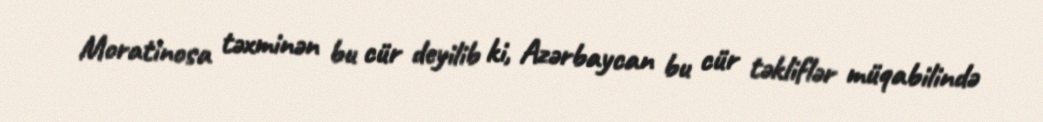
Moratinosa təxminən bu cür deyilib ki, Azərbaycan bu cür təkliflər müqabilində